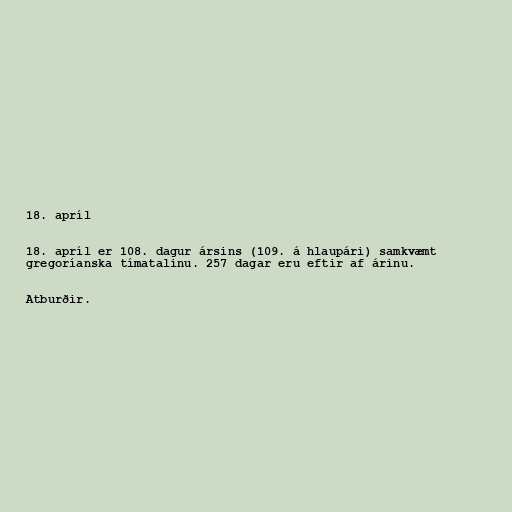
18. apríl

18. apríl er 108. dagur ársins (109. á hlaupári) samkvæmt
gregoríanska tímatalinu. 257 dagar eru eftir af árinu.

Atburðir.